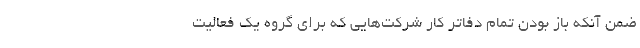
ضمن آنکه باز بودن تمام دفاتر کار شرکت‌هایی که برای گروه یک فعالیت